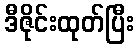
ဒီဇိုင်းထုတ်ပြီး